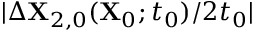
\vert \Delta \mathbf { X } _ { 2 , 0 } ( \mathbf { X } _ { 0 } ; t _ { 0 } ) / 2 t _ { 0 } \vert